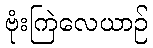
ဗုံးကြဲလေယာဉ်